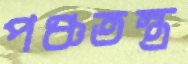
পঞ্চতন্ত্র